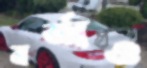
বর্জ্যও